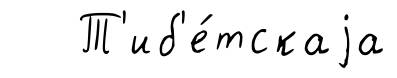
Т'иб'е́тскаjа